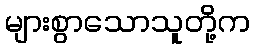
များစွာသောသူတို့က